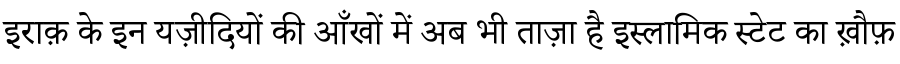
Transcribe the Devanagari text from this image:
इराक़ के इन यज़ीदियों की आँखों में अब भी ताज़ा है इस्लामिक स्टेट का ख़ौफ़